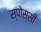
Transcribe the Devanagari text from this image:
स्पोस्सी